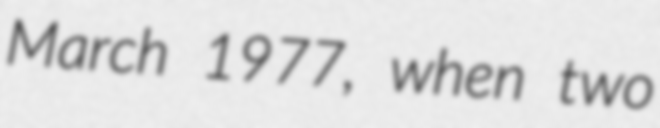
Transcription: March 1977, when two